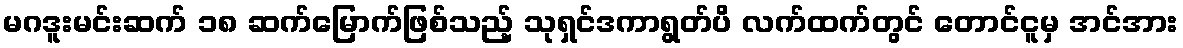
မဂဒူးမင်းဆက် ၁၈ ဆက်မြောက်ဖြစ်သည့် သုရှင်ဒကာရွတ်ပိ လက်ထက်တွင် တောင်ငူမှ အင်အား